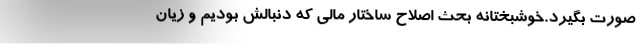
صورت بگیرد.خوشبختانه بحث اصلاح ساختار مالی که دنبالش بودیم و زیان